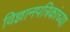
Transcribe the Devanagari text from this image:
विज्ञानपत्रिकांच्या